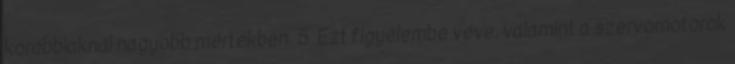
korábbiaknál nagyobb mértékben. 5 Ezt figyelembe véve, valamint a szervomotorok